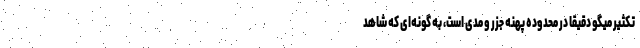
تکثیر میگو دقیقاً در محدوده پهنه جزر و مدی است، به گونه‌ای که شاهد